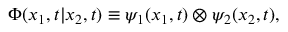
{ \Phi } ( x _ { 1 } , t | x _ { 2 } , t ) \equiv { \psi } _ { 1 } ( x _ { 1 } , t ) \otimes { \psi } _ { 2 } ( x _ { 2 } , t ) ,